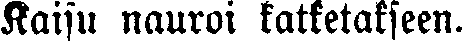
Kaisu nauroi katketakseen.